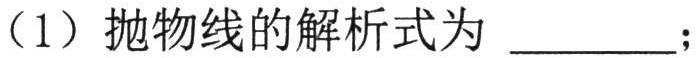
（1）抛物线的解析式为 \_\_\_\_\_；